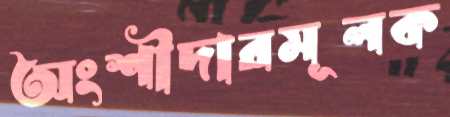
অংশীদারমূলক